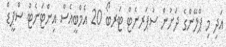
އަދި މި ޕްލޭންގެ ދަށުން ސުޕަރނެޓް ޓަރބޯ 20 އެމްބީއެސް އިންޓަނެޓް ސްޕީޑް